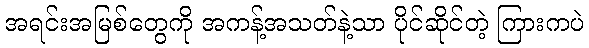
အရင်းအမြစ်တွေကို အကန့်အသတ်နဲ့သာ ပိုင်ဆိုင်တဲ့ ကြားကပဲ